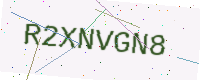
Text: R2XNVGN8